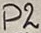
Text: P2